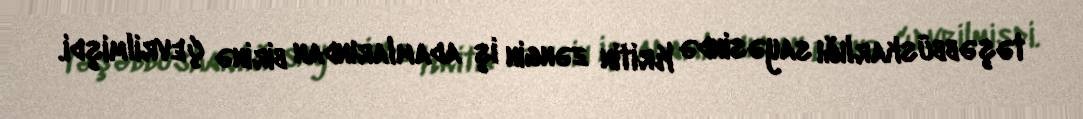
təşəbbüskarlığı sayəsində Kritin zəngin iş adamlarından birinə çevrilmişdi.